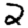
Digit: 2